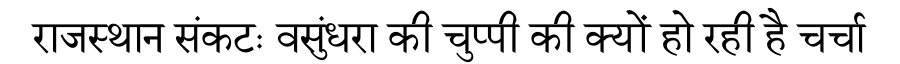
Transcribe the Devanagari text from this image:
राजस्थान संकटः वसुंधरा की चुप्पी की क्यों हो रही है चर्चा